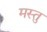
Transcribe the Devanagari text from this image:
मस्तु